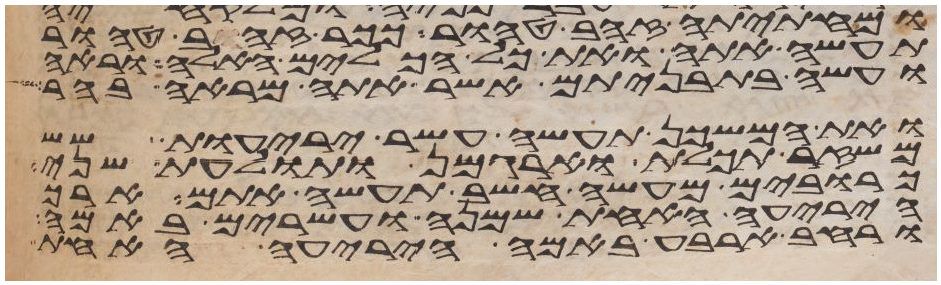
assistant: ומחתיתיה זהב טהור ככר זהב טהור
תעשה אתה ואת כל הכלים האלה וראה
ועשה בתבניתם אשר אתה מראה בהר
ואת המשכן תעשה עשר יריעות שש
משזר תכלת וארגמן ותולעת שני
כרובים מעשה חשב תעשה אתם ארך
היריעה האחת שמנה ועשרים באמה
ורחב ארבע באמה היריעה האחת